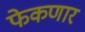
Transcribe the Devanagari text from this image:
फेकणार